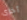
أخرى